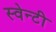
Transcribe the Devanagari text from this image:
स्वेन्‍टी